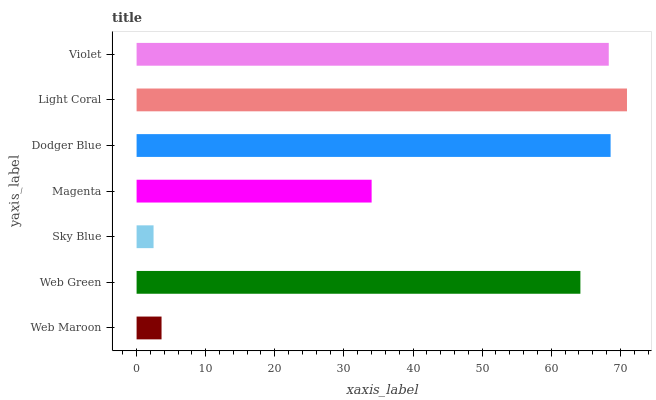
| yaxis_label | bars |
 | --- | --- |
 | Web Maroon | 3.61 |
 | Web Green | 64.2 |
 | Sky Blue | 2.46 |
 | Magenta | 34 |
 | Dodger Blue | 68.6 |
 | Light Coral | 71 |
 | Violet | 68.3 |